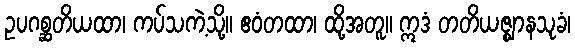
ဥပဂစ္ဆတိယထာ၊ ကပ်သကဲ့သို့။ ဧဝံတထာ၊ ထို့အတူ။ ဣဒံ တတိယဇ္ဈာနသုခံ၊